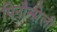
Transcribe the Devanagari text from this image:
पिनौन्सेली